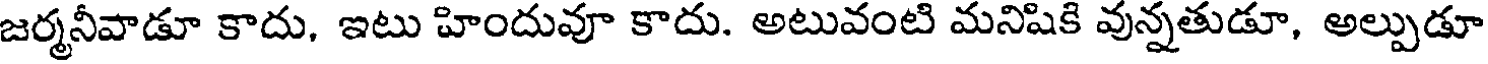
జర్మనీవాడూ కాదు, ఇటు హిందువూ కాదు. అటువంటి మనిషికి వున్నతుడూ, అల్పుడూ